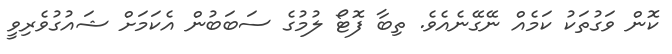
ކޮން ވަގުތަކު ކަމެއް ނޭގޭނެއެވެ. ތިބާ ފޮޓޯ ލުމުގެ ސަބަބުން އެކަމަށް ޝައުގުވެރިވީ